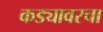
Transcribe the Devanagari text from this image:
कड्यावरचा